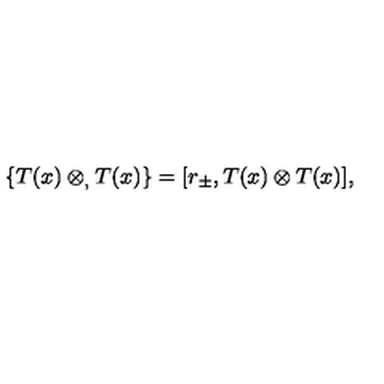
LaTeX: \{ T ( x ) \otimes _ { , } T ( x ) \} = [ r _ { \pm } , T ( x ) \otimes T ( x ) ] ,